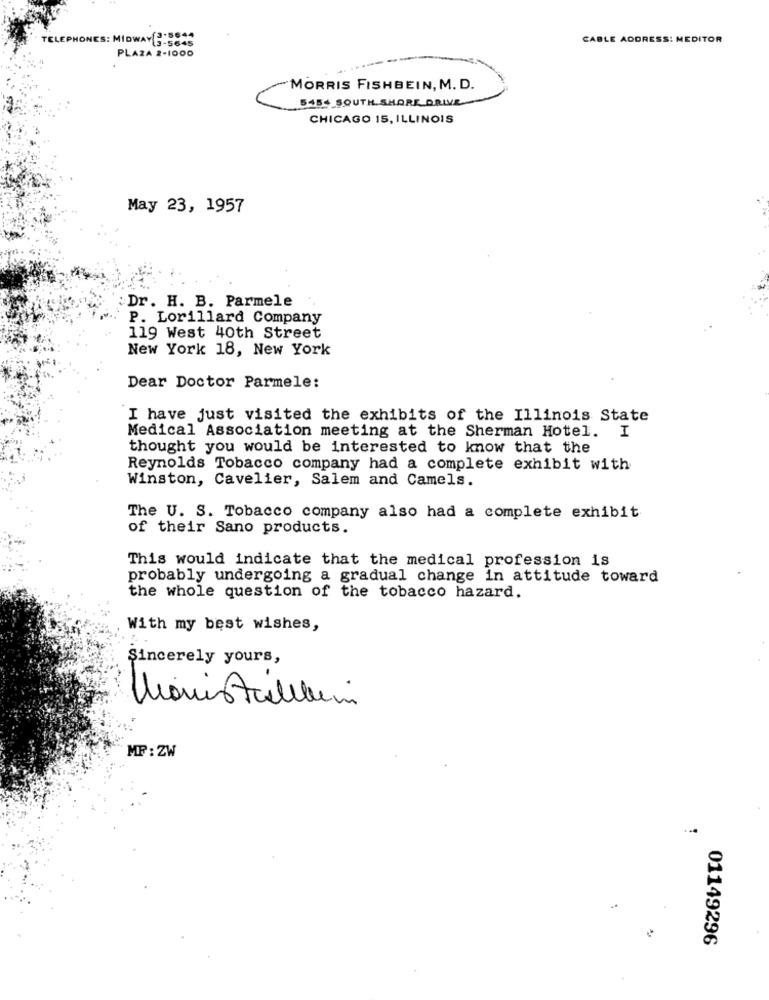
CABLE ADDRESS: MEDITOR
TELEPHONES: MIDWAY 3-5645
PLAZA 2-1000
MORRIS FISHBEIN, M. D.
5454 SOUTH SHORE DRIVE
CHICAGO IS, ILLINOIS
May 23, 1957
Dr. H. B. Parmele
P. Lorillard Company
119 West 40th Street
New York 18, New York
Dear Doctor Parmele:
I have just visited the exhibits of the Illinois State
Medical Association meeting at the Sherman Hotel. I
thought you would be interested to know that the
Reynolds Tobacco company had a complete exhibit with
Winston, Cavelier, Salem and Camels.
The U. S. Tobacco company also had a complete exhibit
of their Sano products.
This would indicate that the medical profession is
probably undergoing a gradual change in attitude toward
the whole question of the tobacco hazard.
With my best wishes,
Sincerely yours,
MF: ZW
01149296